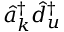
\hat { a } _ { \boldsymbol k } ^ { \dagger } \hat { d } _ { u } ^ { \dagger }